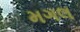
મગલ